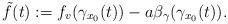
LaTeX: \begin{align*}\tilde{f}(t):=f_v(\gamma_{x_0}(t)) - a\beta_{\gamma}(\gamma_{x_0}(t)).\end{align*}